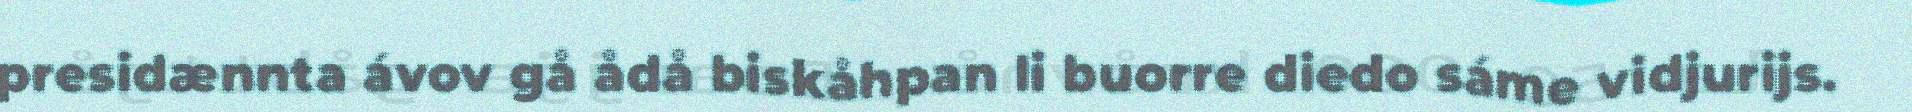
presidænnta ávov gå ådå biskåhpan li buorre diedo sáme vidjurijs.